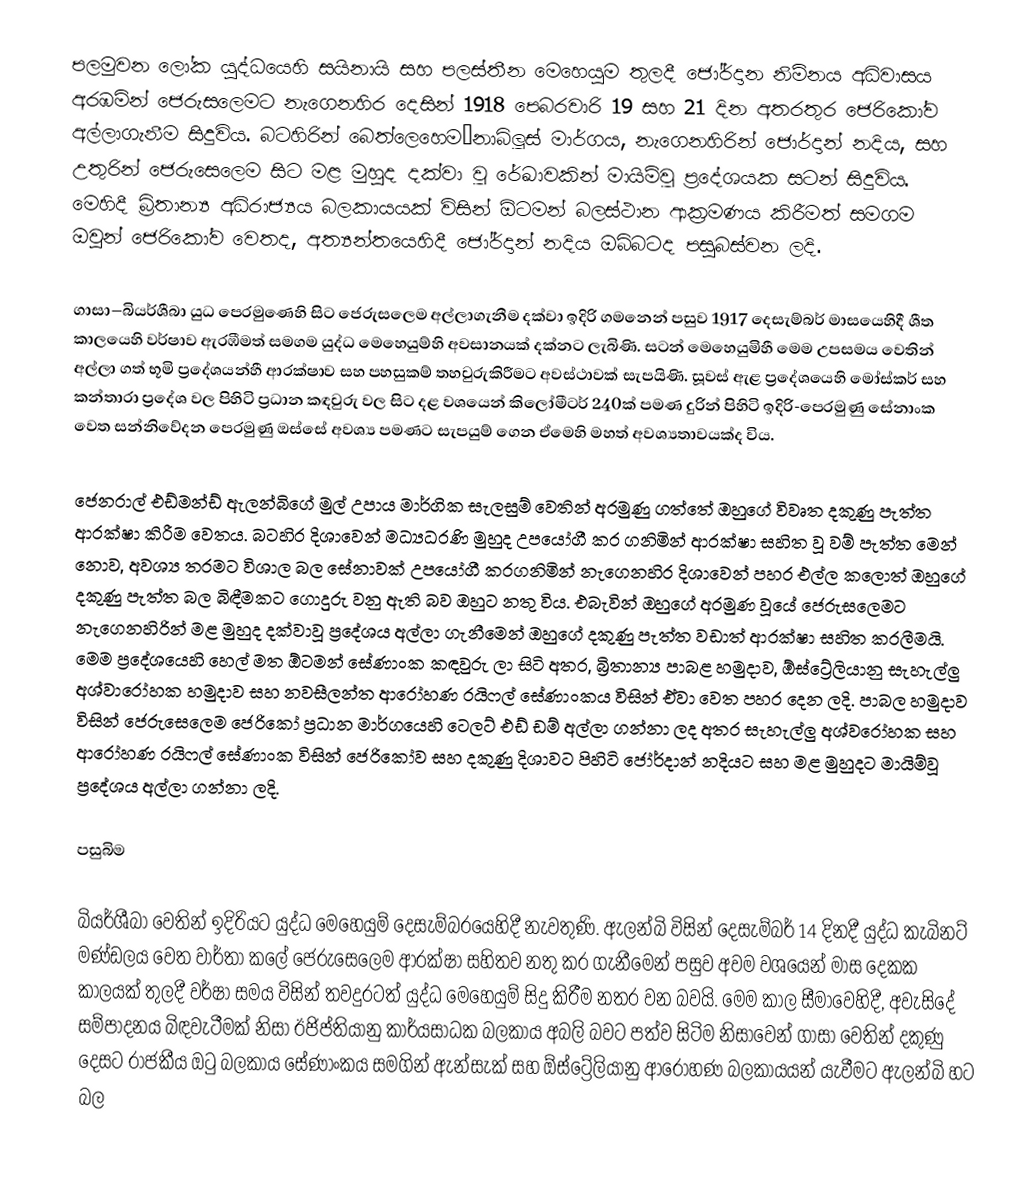
පලමුවන ලෝක යුද්ධයෙහි සයිනායි සහ පලස්තීන මෙහෙයුම තුලදී ජෝර්දාන නිම්නය අධිවාසය  අරඹමින් ජෙරුසලෙමට නැගෙනහිර දෙසින් 1918 පෙබරවාරි 19 සහ 21 දින අතරතුර ජෙරිකෝව අල්ලාගැනීම  සිදුවිය. බටහිරින් බෙත්ලෙහෙම–නාබ්ලූස් මාර්ගය, නැගෙනහිරින්  ජොර්දාන් නදිය, සහ උතුරින් ජෙරුසෙලෙම සිට මළ මුහුද දක්වා වූ රේඛාවකින් මායිම්වූ ප්‍රදේශයක සටන් සිදුවිය. මෙහිදී   බ්‍රිතාන්‍ය අධිරාජ්‍යය බලකායයක් විසින්  ඕටමන් බලස්ථාන ආක්‍රමණය කිරීමත් සමගම ඔවුන්  ජෙරිකෝව වෙතද, අත්‍යන්තයෙහිදී ජෝර්දාන් නදිය ඔබ්බටද පසුබස්වන ලදි.

ගාසා–බියර්ශීබා යුධ පෙරමුණෙහි සිට ජෙරුසලෙම අල්ලාගැනීම දක්වා ඉදිරි ගමනෙන් පසුව 1917 දෙසැම්බර් මාසයෙහිදී ශීත කාලයෙහි වර්ෂාව ඇරඹීමත් සමගම යුද්ධ මෙහෙයුම්හි අවසානයක් දක්නට ලැබිණි. සටන් මෙහෙයුමිහී මෙම උපසමය වෙතින් අල්ලා ගත් භූමි ප්‍රදේශයන්හී ආරක්ෂාව සහ පහසුකම් තහවුරුකිරීමට අවස්ථාවක් සැපයිණි. සූවස් ඇළ ප්‍රදේශයෙහි  මෝස්කර් සහ කන්තාරා ප්‍රදේශ වල පිහිටි ප්‍රධාන කඳවුරු වල සිට දළ වශයෙන් කිලෝමීටර් 240ක් පමණ දුරින් පිහිටි ඉදිරි-පෙරමුණු  සේනාංක වෙත සන්නිවේදන පෙරමුණු ඔස්සේ අවශ්‍ය පමණට සැපයුම් ගෙන ඒමෙහි මහත් අවශ්‍යතාවයක්ද විය.

ජෙනරාල් එඩ්මන්ඩ් ඇලන්බිගේ මුල්  උපාය මාර්ගික සැලසුම් වෙතින් අරමුණු ගත්තේ ඔහුගේ  විවෘත දකුණු පැත්ත ආරක්ෂා කිරීම වෙතය. බටහිර දිශාවෙන් මධ්‍යධරණි මුහුද උපයෝගී කර ගනිමින් ආරක්ෂා සහිත වූ වම් පැත්ත මෙන් නොව, අවශ්‍ය තරමට විශාල බල සේනාවක් උපයෝගී කරගනිමින් නැගෙනහිර දිශාවෙන් පහර එල්ල කලොත් ඔහුගේ දකුණු පැත්ත බල බිඳීමකට ගොදුරු වනු ඇති බව ඔහුට නතු විය. එබැවින් ඔහුගේ අරමුණ වූයේ ජෙරුසලෙමට නැගෙනහිරින් මළ මුහුද දක්වාවූ ප්‍රදේශය අල්ලා ගැනීමෙන් ඔහුගේ දකුණු පැත්ත වඩාත් ආරක්ෂා සහිත කරලීමයි. මෙම ප්‍රදේශයෙහි  හෙල් මත ඕටමන් සේණාංක කඳවුරු ලා සිටි අතර, බ්‍රිතාන්‍ය පාබළ හමුදාව, ඕස්ට්‍රේලියානු සැහැල්ලු අශ්වාරෝහක හමුදාව සහ නවසීලන්ත ආරෝහණ රයිෆල් සේණාංකය විසින් ඒවා වෙත පහර දෙන ලදි. පාබල හමුදාව විසින් ජෙරුසෙලෙම ජෙරිකෝ ප්‍රධාන මාර්ගයෙහි ටෙලට් එඩ් ඩම් අල්ලා ගන්නා ලද අතර සැහැල්ලු අශ්වරෝහක සහ ආරෝහණ රයිෆල් සේණාංක විසින් ජෙරිකෝව සහ දකුණු දිශාවට පිහිටි ජෝර්දාන් නදියට සහ මළ මුහුදට මායිම්වූ ප්‍රදේශය අල්ලා ගන්නා ලදි.

පසුබිම

බියර්ශීබා වෙතින් ඉදිරියට යුද්ධ මෙහෙයුම් දෙසැම්බරයෙහිදී නැවතුණි. ඇලන්බි විසින් දෙසැම්බර් 14 දිනදී යුද්ධ කැබිනට් මණ්ඩලය වෙත වාර්තා කලේ ජෙරුසෙලෙම ආරක්ෂා සහිතව නතු කර ගැනීමෙන් පසුව අවම වශයෙන් මාස දෙකක කාලයක් තුලදී වර්ෂා සමය විසින් තවදුරටත් යුද්ධ මෙහෙයුම් සිදු කිරීම නතර වන බවයි. මෙම කාල සීමාවෙහිදී, අවැසිදේ සම්පාදනය බිඳවැටීමක් නිසා ඊජිප්තියානු කාර්යසාධක බලකාය අබලි බවට පත්ව සිටිම නිසාවෙන්  ගාසා වෙතින් දකුණු දෙසට රාජකීය ඔටු බලකාය සේණාංකය  සමගින් ඇන්සැක් සහ  ඕස්ට්‍රේලියානු ආරෝහණ බලකායයන් යැවීමට ඇලන්බි හට බල